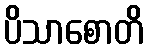
ပိသာစောတိ